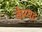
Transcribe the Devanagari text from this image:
केय्यट